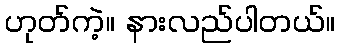
ဟုတ်ကဲ့။ နားလည်ပါတယ်။